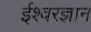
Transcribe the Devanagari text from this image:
ईश्वरज्ञान